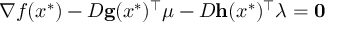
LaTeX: \nabla f ( x ^ { * } ) - D \mathbf { g } ( x ^ { * } ) ^ { \top } { \boldsymbol { \mu } } - D \mathbf { h } ( x ^ { * } ) ^ { \top } { \boldsymbol { \lambda } } = \mathbf { 0 }